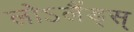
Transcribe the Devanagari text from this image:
लोऽलैंड्स्